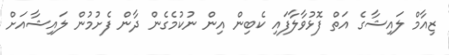
ޒިއާމް ލައިޝާގެ އަތް ފޮޅުވާލާފައި ކެބިން އިން ނުކުމެގެން ދާން ފެށުމުން ލައިޝާއަށް